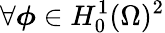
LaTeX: \forall\boldsymbol{\phi}\in H_{0}^{1}(\Omega)^{2}